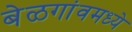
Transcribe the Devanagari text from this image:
बेळगांवमध्ये